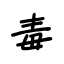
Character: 毒